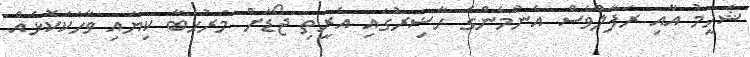
ޝަހީމު އާއި ރަފާލްވެސް އެންމެންގެ ހާޟިރުގައި އެރީތި ޖޯޑަށް މަރުހަބާ ކިޔައި ވާހަކަކޮޅެއް